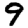
Digit: 9